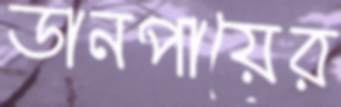
ডানপায়ের